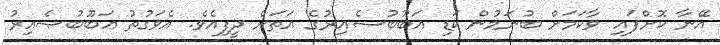
އޭނާ ކޮށްފައި ވާކަމަށް ބުނަމުން ކަޑި އަބޫބުޞެއިރުގެ އަތަށް ދީފިއެވެ. އެވަގުތު އަބޫބުޞެއިރު